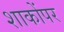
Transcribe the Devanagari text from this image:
शाकोंपर